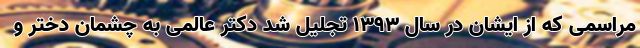
مراسمی که از ایشان در سال 1393 تجلیل شد دکتر عالمی به چشمان دختر و